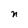
Character: n